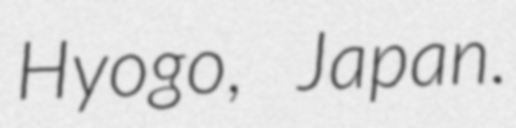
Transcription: Hyogo, Japan.